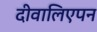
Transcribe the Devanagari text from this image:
दीवालिएपन